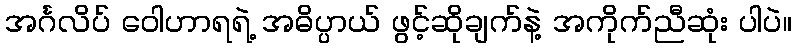
အင်္ဂလိပ် ဝေါဟာရရဲ့ အဓိပ္ပာယ် ဖွင့်ဆိုချက်နဲ့ အကိုက်ညီဆုံး ပါပဲ။